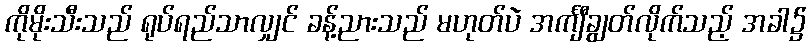
ကိုမိုးသီးသည် ရုပ်ရည်သာလျှင် ခန့်ညားသည် မဟုတ်ပဲ အင်္ကျီချွတ်လိုက်သည့် အခါ၌